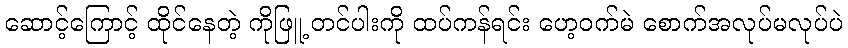
ဆောင့်ကြောင့် ထိုင်နေတဲ့ ကိုဖြူ့ တင်ပါးကို ထပ်ကန်ရင်း ဟေ့ဝက်မဲ စောက်အလုပ်မလုပ်ပဲ